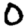
Digit: 0